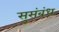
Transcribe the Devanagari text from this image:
सुसंबंध